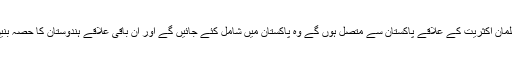
جو مسلمان اکثریت کے علاقے پاکستان سے متصل ہوں گے وہ پاکستان میں شامل کئے جائیں گے اور ان باقی علاقے ہندوستان کا حصہ بنیں گے۔